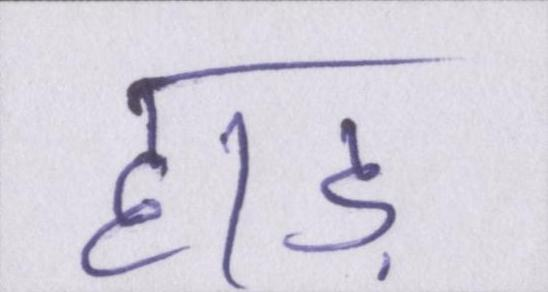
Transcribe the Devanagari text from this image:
हाड़